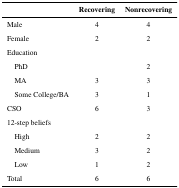
<table><thead><tr><td></td><td><b>Recovering</b></td><td><b>Nonrecovering</b></td></tr></thead><tbody><tr><td>Male</td><td>4</td><td>4</td></tr><tr><td>Female</td><td>2</td><td>2</td></tr><tr><td colspan="3">Education</td></tr><tr><td> PhD</td><td></td><td>2</td></tr><tr><td> MA</td><td>3</td><td>3</td></tr><tr><td> Some College/BA</td><td>3</td><td>1</td></tr><tr><td>CSO</td><td>6</td><td>3</td></tr><tr><td colspan="3">12-step beliefs</td></tr><tr><td> High</td><td>2</td><td>2</td></tr><tr><td> Medium</td><td>3</td><td>2</td></tr><tr><td> Low</td><td>1</td><td>2</td></tr><tr><td>Total</td><td>6</td><td>6</td></tr></tbody></table>